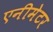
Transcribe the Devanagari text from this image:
एनीमेटर